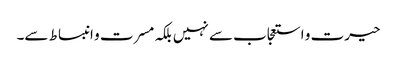
حیرت و استعجاب سے نہیں بلکہ مسرت و انبساط سے۔